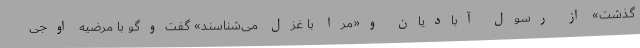
گذشت» از رسول آبادیان و«مرا با غزل می‌شناسند» گفت‌وگو با مرضیه اوجی